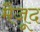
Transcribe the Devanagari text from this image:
मैजूद